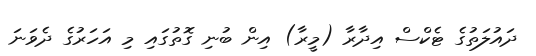
ދައުލަތުގެ ޓެކްސް އިދާރާ (މީރާ) އިން ބުނި ގޮތުގައި މި އަހަރުގެ ދެވަނަ